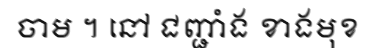
ចាម ។ នៅ ជញ្ជាំង ខាងមុខ